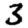
Digit: 3